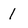
Character: 1